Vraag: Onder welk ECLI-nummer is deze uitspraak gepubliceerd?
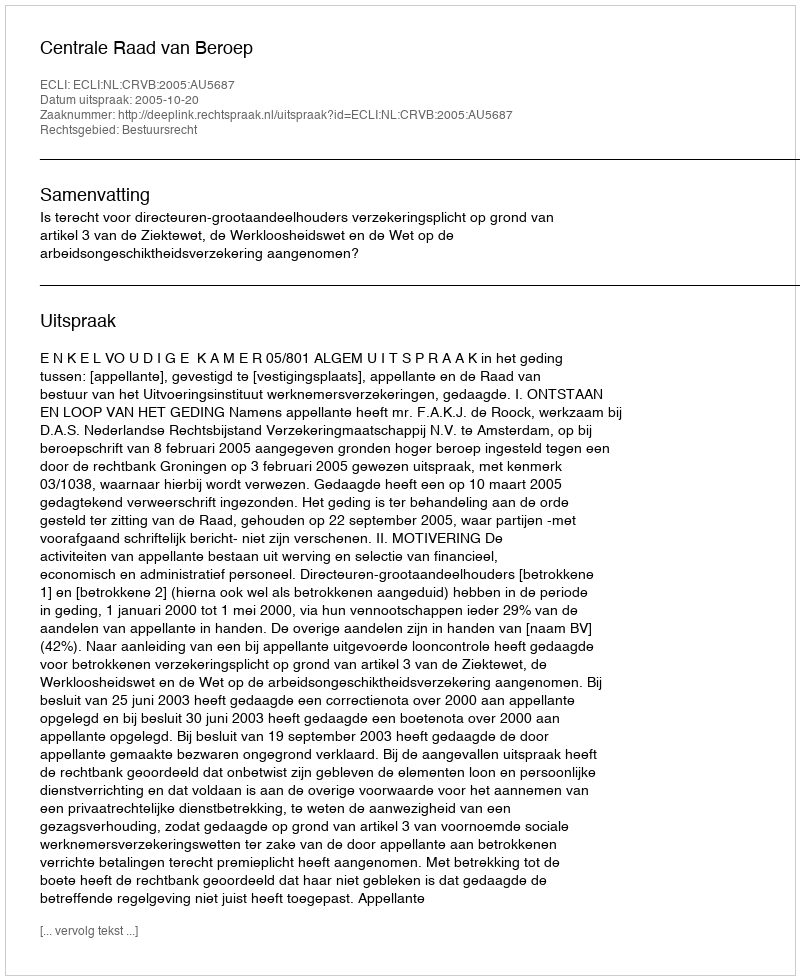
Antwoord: ECLI:NL:CRVB:2005:AU5687